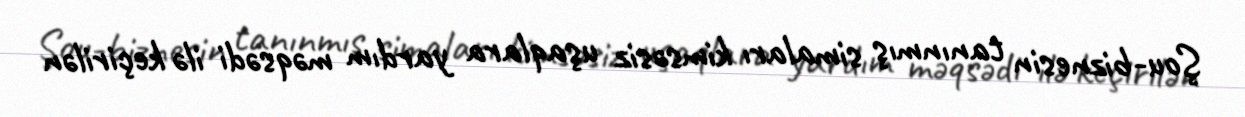
Şou-biznesin tanınmış simaları kimsəsiz uşaqlara yardım məqsədi ilə keçirilən